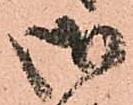
御